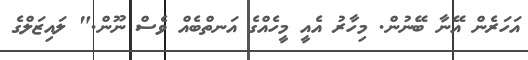
އަހަރެން އޭނާ ބޭނުން. މިހާރު އެއީ މީހެއްގެ އަނތްބެއް ވެސް ނޫން." ލައިޒަލްގެ